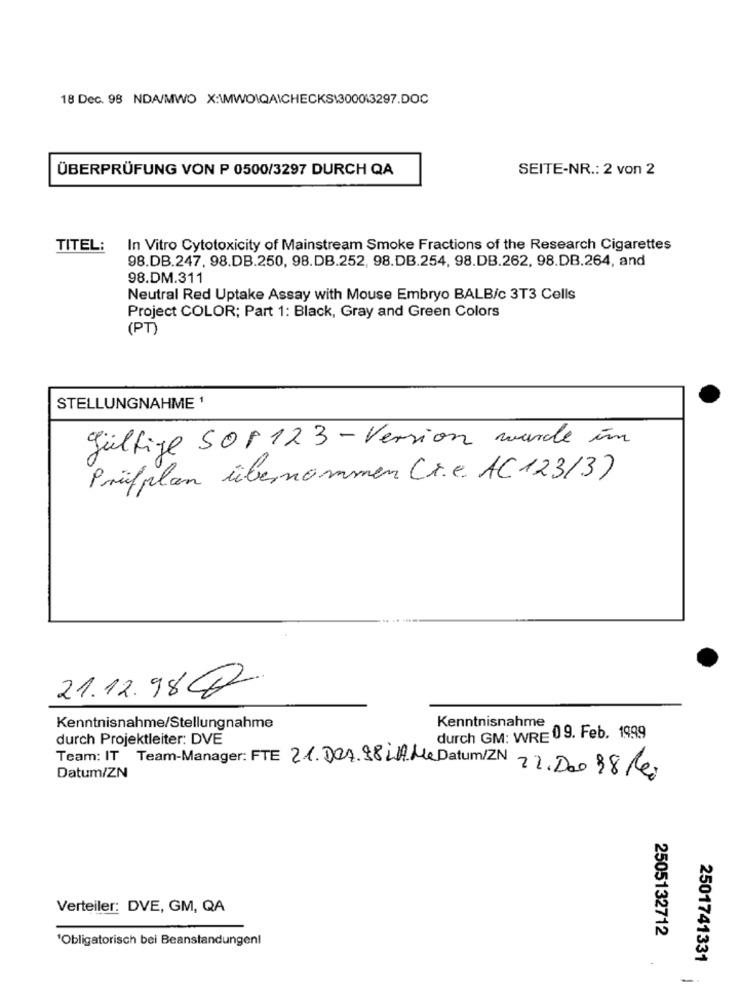
18 Dec. 98 NDA/MWO X:\MWO\QA\CHECKS\300013297.DOC
ÜBERPRÜFUNG VON P 0500/3297 DURCH QA
SEITE-NR .: 2 von 2
TITEL:
In Vitro Cytotoxicity of Mainstream Smoke Fractions of the Research Cigarettes
98.DB.247, 98.DB.250, 98.DB.252, 98.DB.254, 98.DB.262, 98.DB.264, and
98.DM.311
Neutral Red Uptake Assay with Mouse Embryo BALB/c 3T3 Cells
Project COLOR; Part 1: Black, Gray and Green Colors
(PT)
STELLUNGNAHME 1
gültige SOP 123 - Version wurde im
Prüfplan übernommen (r.e. AC 123/3)
21.12.982
Kenntnisnahme/Stellungnahme
Kenntnisnahme
durch Projektleiter: DVE
durch GM: WRE 09. Feb. 1999
Team: IT Team-Manager: FTE 21.007.98LA Me Datum/ZN 22.20098Rei
Datum/ZN
Verteiler: DVE, GM, QA
2505132712
'Obligatorisch bei Beanstandungen!
2501741331